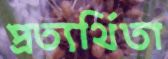
প্রত্যর্থিতা